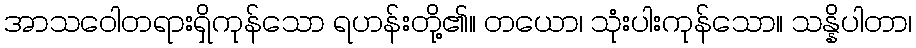
အာသဝေါတရားရှိကုန်သော ရဟန်းတို့၏။ တယော၊ သုံးပါးကုန်သော။ သန္နိပါတာ၊